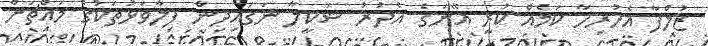
ޒުލްފާ އެހުރިހާ ކަމެއް ކުރީ އޭނަގެ އެދުރު ޝަކީލާ ނަގައިދިން ފިލާވަޅުތަކުގެ މައްޗަށް